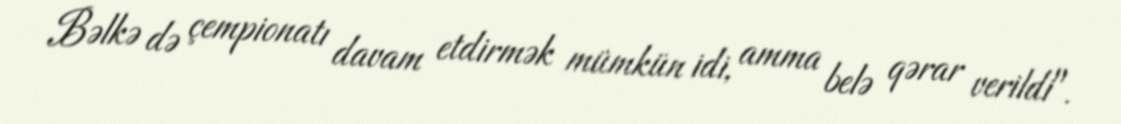
Bəlkə də çempionatı davam etdirmək mümkün idi, amma belə qərar verildi".